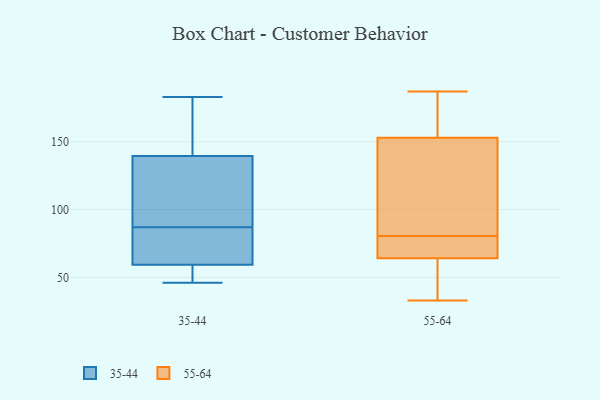
{"axis": {"x": "Gross Profit (USD K)", "y": "Value"}, "legend": ["35-44", "55-64"], "data": [{"x": "", "y": 46, "type": "35-44"}, {"x": "", "y": 75, "type": "35-44"}, {"x": "", "y": 183, "type": "35-44"}, {"x": "", "y": 81, "type": "35-44"}, {"x": "", "y": 148, "type": "35-44"}, {"x": "", "y": 154, "type": "35-44"}, {"x": "", "y": 87, "type": "35-44"}, {"x": "", "y": 98, "type": "35-44"}, {"x": "", "y": 51, "type": "35-44"}, {"x": "", "y": 126, "type": "35-44"}, {"x": "", "y": 122, "type": "35-44"}, {"x": "", "y": 54, "type": "35-44"}, {"x": "", "y": 144, "type": "35-44"}, {"x": "", "y": 86, "type": "35-44"}, {"x": "", "y": 51, "type": "35-44"}, {"x": "", "y": 110, "type": "55-64"}, {"x": "", "y": 187, "type": "55-64"}, {"x": "", "y": 73, "type": "55-64"}, {"x": "", "y": 47, "type": "55-64"}, {"x": "", "y": 153, "type": "55-64"}, {"x": "", "y": 69, "type": "55-64"}, {"x": "", "y": 88, "type": "55-64"}, {"x": "", "y": 64, "type": "55-64"}, {"x": "", "y": 33, "type": "55-64"}, {"x": "", "y": 153, "type": "55-64"}]}